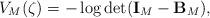
LaTeX: \begin{align*}V_{M}(\zeta)=-\log\det(\bold{I}_{M}-\bold{B}_{M}),\end{align*}